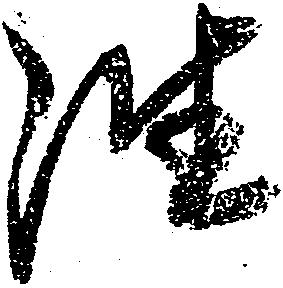
往